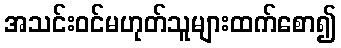
အသင်းဝင်မဟုတ်သူများထက်စော၍